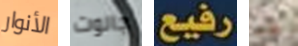
الأنوار جالوت رفيع هنا